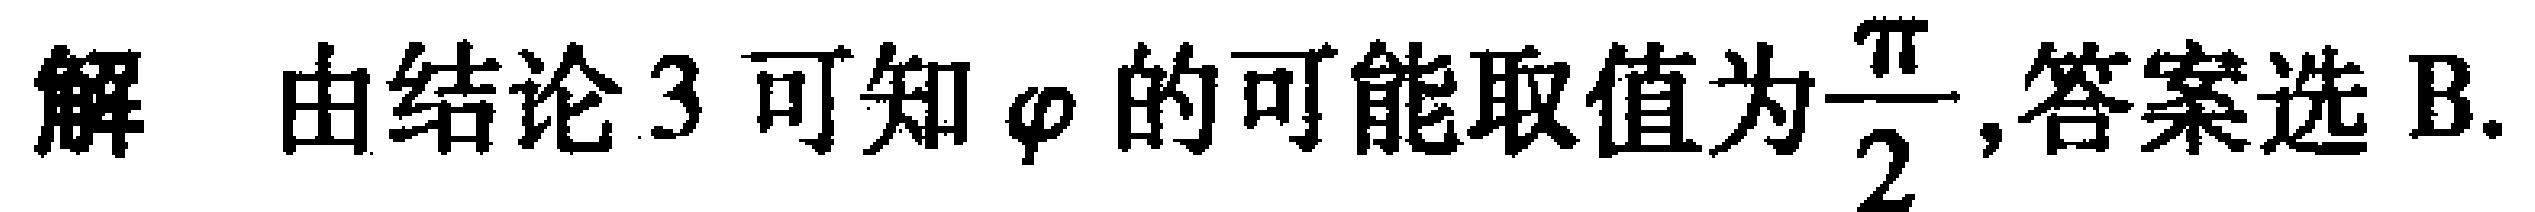
解 由结论 3 可知 \(\varphi\) 的可能取值为\(\dfrac{\pi}{2}\),答案选 B.